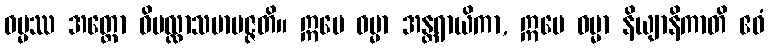
ဓမ္မဿ အတ္ထော ဝိပလ္လာသမာပဇ္ဇတိ။ ဣမေ ဓမ္မာ အန္တရာယိကာ, ဣမေ ဓမ္မာ နိယျာနိကာတိ ဧဝံ